Report on vaccination in the Province of Bengal - 1869-1873
Year: 1869
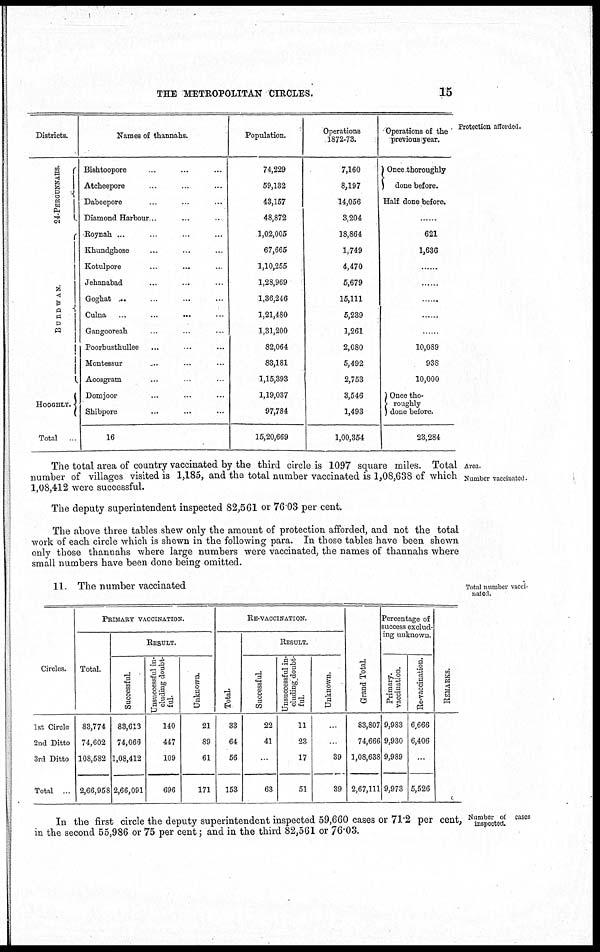
THE METROPOLITAN CIRCLES.
15
Protection afforded.
Districts.
24-PERGUNNAHS.
BURDWAN.
HOOGHLY.
Total
Names of thannahs.
Bishtoopore ... ... ...
Atcheepore ... ... ...
Dabeepore ... ... ...
Diamond Harbour... ... ...
Roynah ... ... ...
Khandgbose ... ... ...
Kotulpore ... ... ...
Jebanabad ... ... ...
Goghat ... ... ...
Culna ... ... ...
Gangooreah ... ... ...
Poorbusthullee ... ... ...
Montessur ... ... ...
Aoosgram ... ... ...
Domjoor ... ... ...
Shibpore ... ... ...
16
Population.
74,229
59,132
43,157
48,872
1,02,005
67,665
1,10,255
1,28,969
1,36,246
1,21,480
1,31,200
82,064
83,181
1,15,393
1,19,037
97,784
15,20,669
Operations
1872-73.
7,160
8,197
14,056
3,204
18,864
1,749
4,470
5,679
15,111
5,239
1,261
2,080
5,492
2,753
3,546
1,493
1,00,354
Operations of the
previous year.
Once thoroughly
done before.
Half done before.
621
1,636
......
......
......
......
......
10,089
938
10,000
Once tho-
roughly
done before.
23,284
Area.
Number vaccinated.
The total area of country vaccinated by the third circle is 1097 square miles. Total
number of villages visited is 1,185, and the total number vaccinated is 1,08,638 of which
1,08,412 were successful.
The deputy superintendent inspected 82,561 or 76.03 per cent.
The above three tables shew only the amount of protection afforded, and not the total
work of each circle which is shewn in the following para. In those tables have been shewn
only those thannahs where large numbers were vaccinated, the names of thannahs where
small numbers have been done being omitted.
Total number vacci-
nated.
11. The number vaccinated
Circles.
1st Circle
2nd Ditto
3rd Ditto
Total
PRIMARY VACCINATION.
Total.
83,774
74,602
108,582
2,66,958
RESULT.
Successful.
83,613
74,066
1,08,412
2,66,091
Unsuccessful in-
cluding doubt-
ful.
140
447
109
696
Unknown.
21
89
61
171
RE-VACCINATION.
Total.
33
64
56
153
RESULT.
Successful.
22
41
...
63
Unsuccessful in-
cluding doubt-
ful.
11
23
17
51
Unknown.
...
...
39
39
Grand Total.
83,807
74,666
1,08,638
2,67,111
Percentage of
success exclud-
ing unknown.
Primary.
vaccination.
9,983
9,930
9,989
9,973
Re-vaccination.
6,666
6,406
...
5,526
REMARKS.
Number of cases
inspected.
In the first circle the deputy superintendent inspected 59,660 cases or 71.2 per cent,
in the second 55,986 or 75 per cent; and in the third 82,561 or 76.03.